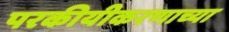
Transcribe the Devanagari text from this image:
परकीयीकरणाच्या